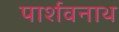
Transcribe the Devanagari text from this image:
पार्शवनाथ